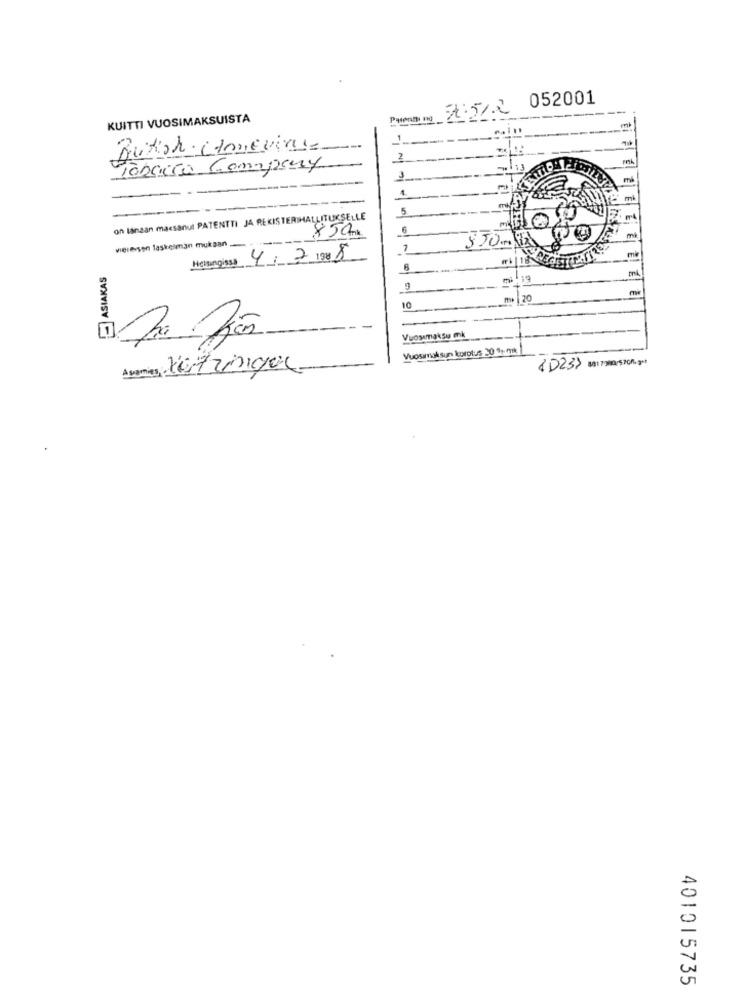
2.5/2 052001
KUITTI VUOSIMAKSUISTA
Patent no
Butoh Comeviale
Toneira Company
3
---
- --
m
---
5
1 €
on länaan macsanul PATENTTI JA REKISTERIHALLITUKSELLE
850
5
vieresen laskelman mukaan __..
-
2
mi
Helsingissa 4/7/208
ASIAKAS
m
20
10
Vuosemaksu mk
Vuosarnok sun korotus 20 3tryk
Asomies, Katringol
1023> BB1 790/570%. got
401015735